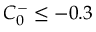
C _ { 0 } ^ { - } \le - 0 . 3